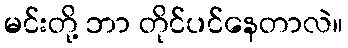
မင်းတို့ ဘာ တိုင်ပင်နေတာလဲ။